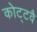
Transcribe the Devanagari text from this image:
कोट्टवै